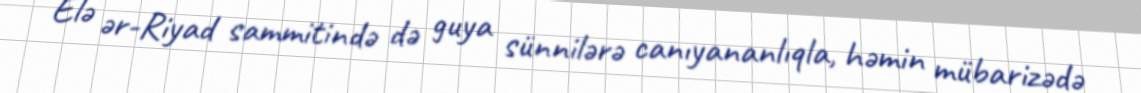
Elə ər-Riyad sammitində də guya sünnilərə canıyananlıqla, həmin mübarizədə